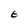
Character: E